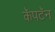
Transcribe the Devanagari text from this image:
कॅपटॅन